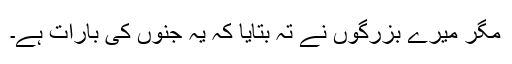
مگر میرے بزرگوں نے تہ بتایا کہ یہ جنوں کی بارات ہے۔